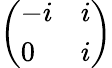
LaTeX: \left(\begin{array}{ll}{-i}&{i}\\ {0}&{i}\end{array}\right)